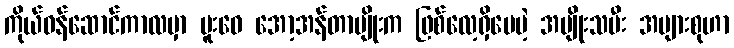
ကိုယ်ဝန်ဆောင်ကာလမှာ မူးဝေ အော့အန်တာမျိုးက ဖြစ်လေ့ရှိပေမဲ့ အမျိုးသမီး အများစုဟာ